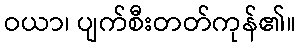
ဝယာ၊ ပျက်စီးတတ်ကုန်၏။